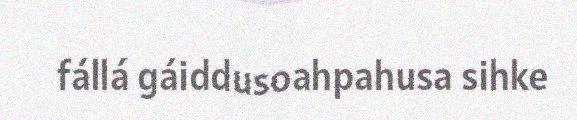
fállá gáiddusoahpahusa sihke